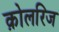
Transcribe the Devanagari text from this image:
क़ोलरिज